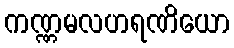
ကဏ္ဏမလဟရဏိယော